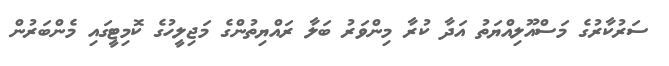
ސަރުކާރުގެ މަސްއޫލިއްޔަތު އަދާ ކުރާ މިންވަރު ބަލާ ރައްޔިތުންގެ މަޖިލީހުގެ ކޮމިޓީގައި މެންބަރުން